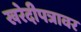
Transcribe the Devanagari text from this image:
खरेदीपत्रावर